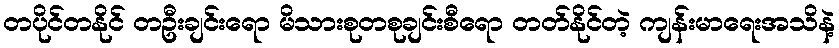
တပိုင်တနိုင် တဦးချင်းရော မိသားစုတစုချင်းစီရော တတ်နိုင်တဲ့ ကျန်းမာရေးအသိနဲ့